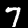
Digit: 7